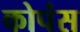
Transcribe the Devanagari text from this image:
कोपंस